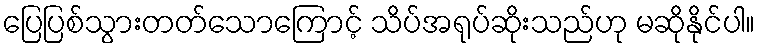
ပြေပြစ်သွားတတ်သောကြောင့် သိပ်အရုပ်ဆိုးသည်ဟု မဆိုနိုင်ပါ။